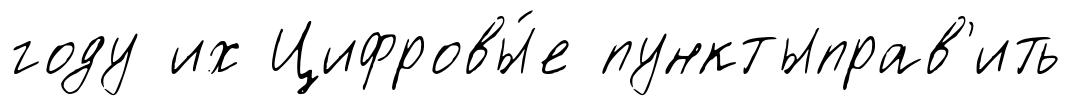
году их Цифровы́е пунктыправ'ить